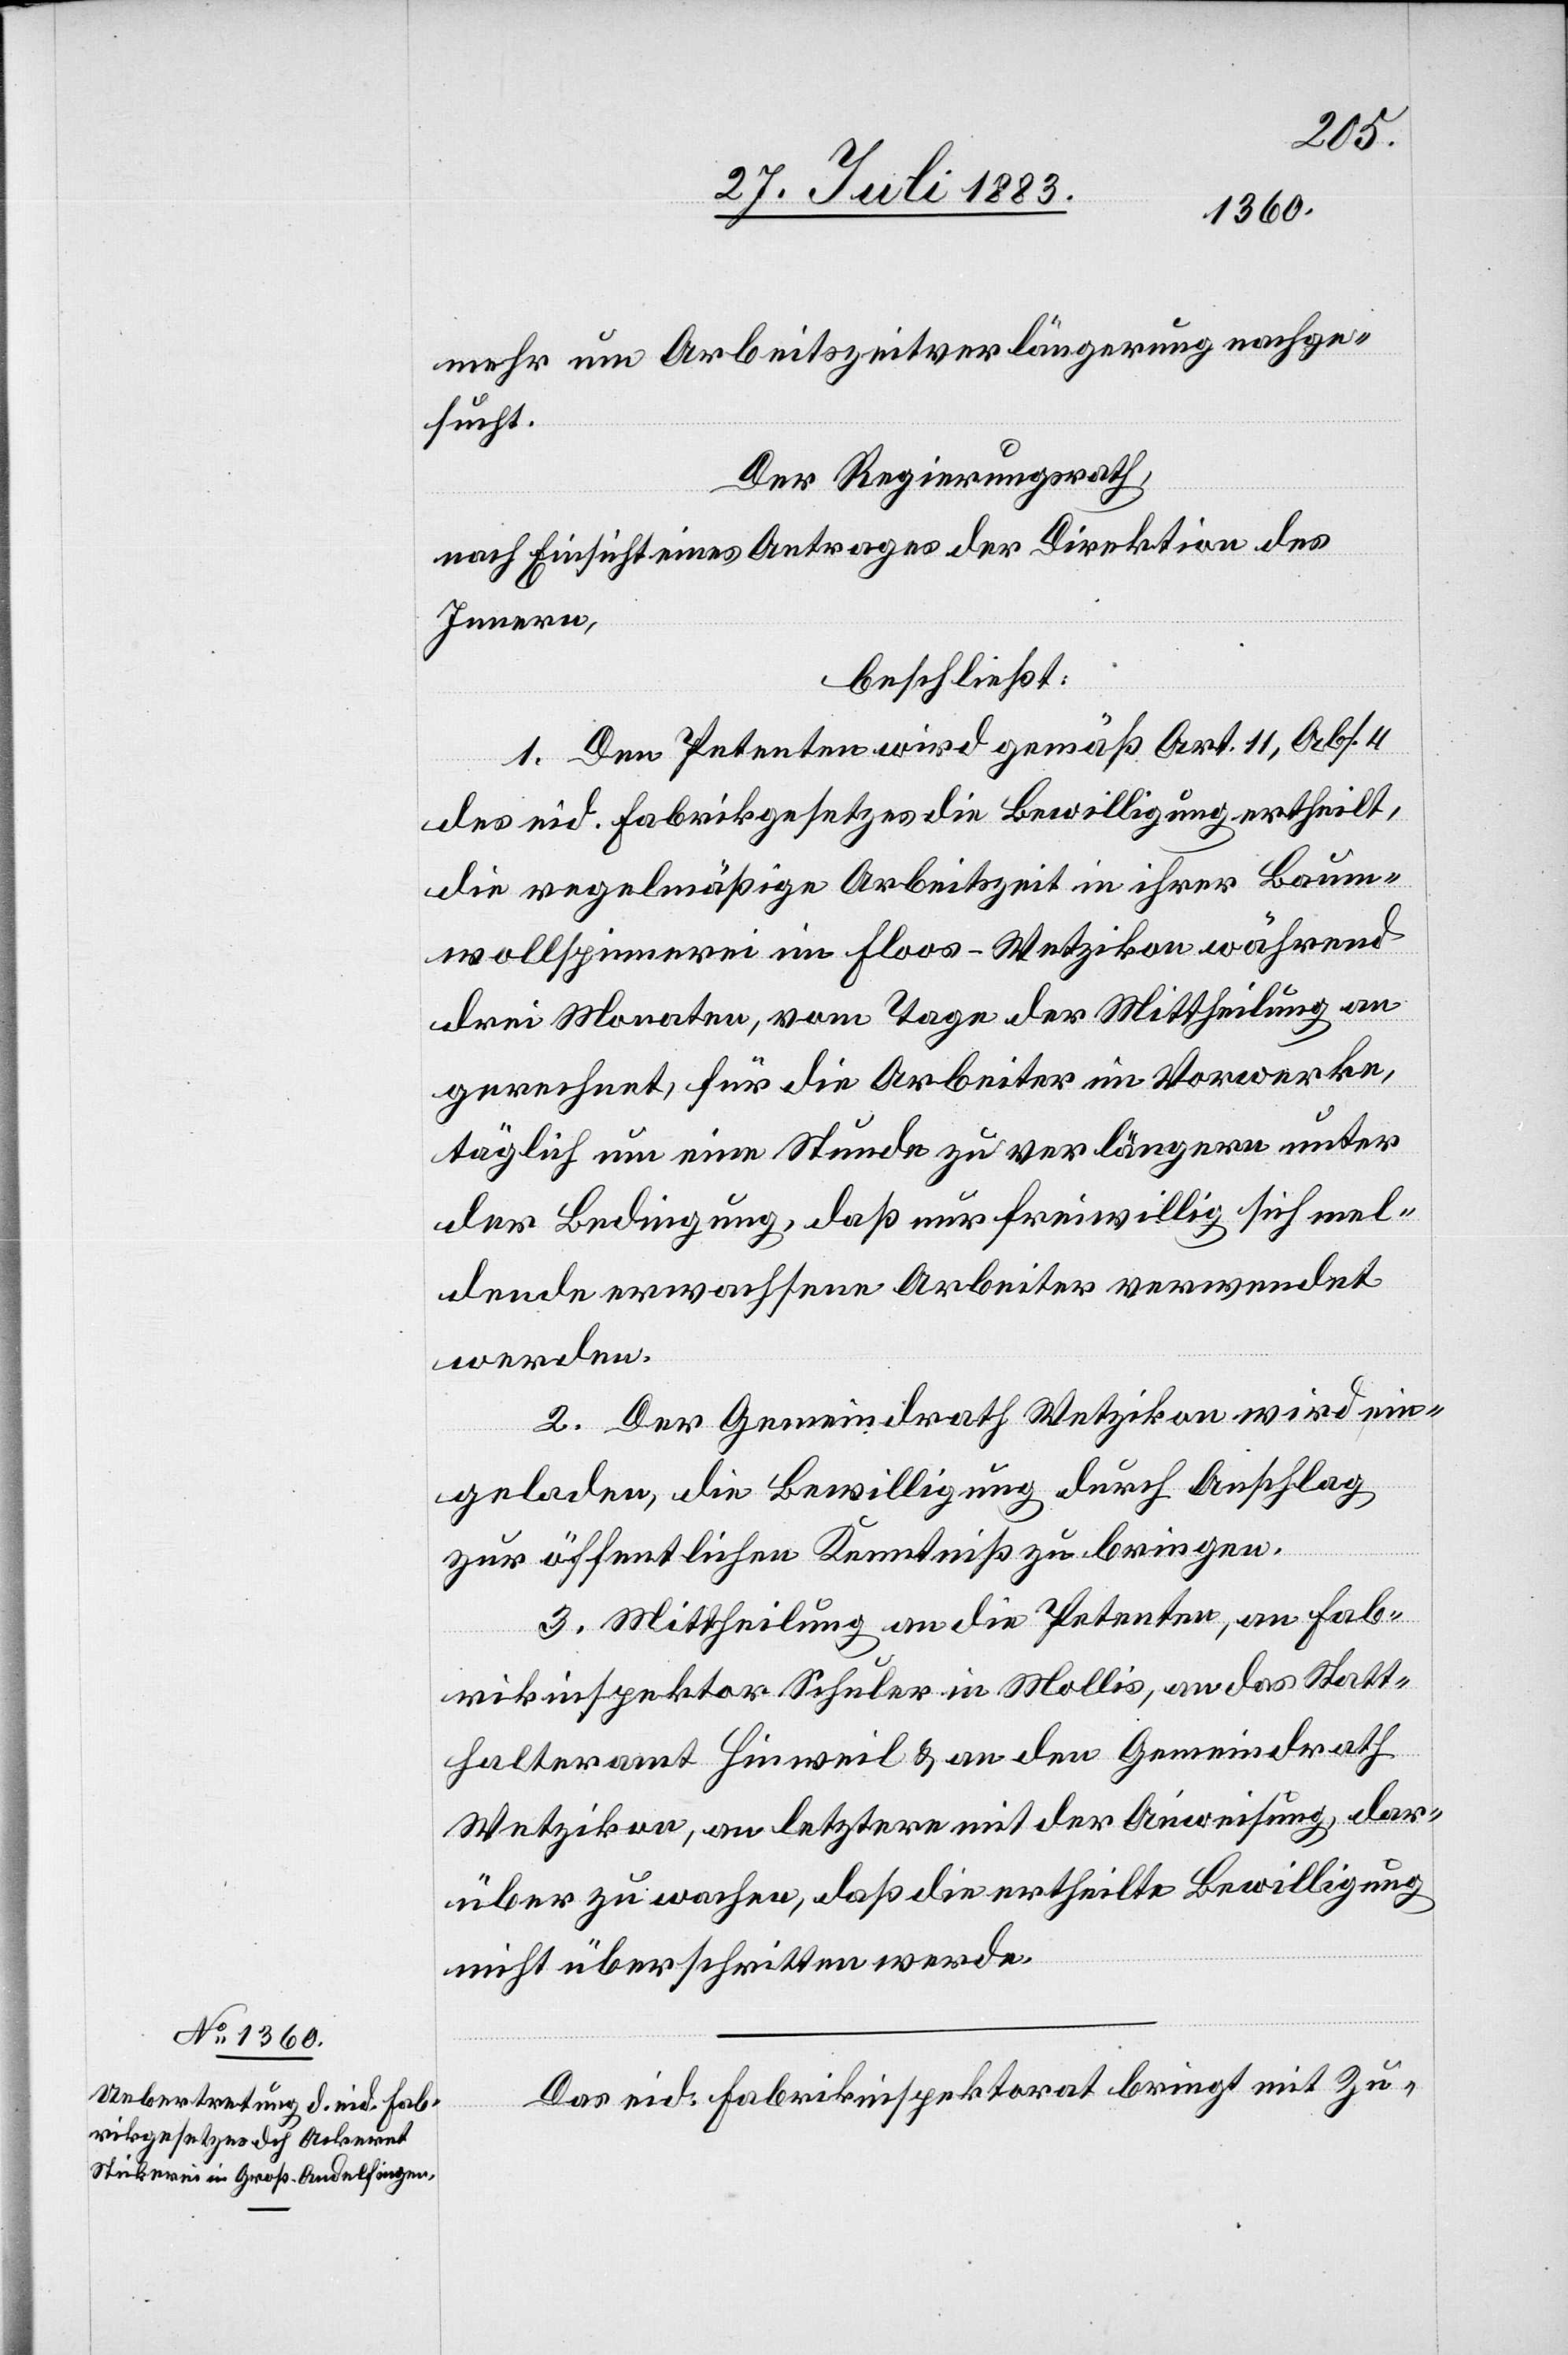
mehr um Arbeitszeitverlängerung nachge¬
sucht.
Der Regierungsrath,
nach Einsicht eines Antrages der Direktion des
Innern,
beschließt:
1. Den Petenten wird gemäß Art. 11, Abs. 4
des eid. Fabrikgesetzes die Bewilligung ertheilt.
die regelmäßige Arbeitszeit in ihrer Baum¬
wollspinnerei im Floos - Wetzikon während
3 Monaten, vom Tage der Mittheilung an
gerechnet, für die Arbeiter im Vorwerke,
täglich um eine Stunde zu verlängern unter
der Bedingung, daß nur freiwillig sich mel¬
dende erwachsene Arbeiter verwendet
werden.
2. Der Gemeindrath Wetzikon wird ein¬
geladen, die Bewilligung durch Anschlag
zur öffentlichen Kenntniß zu bringen.
3. Mittheilung an die Petenten, an Fab¬
rikinspektor Schuler in Mollis, an das Statt¬
halteramt Hinweil & an den Gemeindrath
Wetzikon, an letztere mit der Anweisung, dar¬
über zu wachen, daß die ertheilte Bewilligung
nicht überschritten werde.
Das eid. Fabrikinspektorat bring mit Zu-